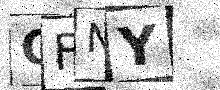
Text: CFNY